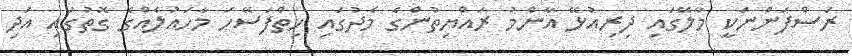
ރަސްފަންނަކީ މާލޭގައި ދިރިއުޅޭ އާންމު ރައްޔިތުންގެ މެދުގައި ހިތްފަސޭހަ މާހައުލެއްގެ ގޮތުގައި އަދި